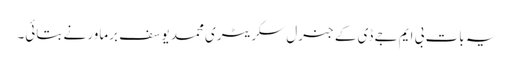
یہ بات بی ایم جے ڈی کے جنرل سکریٹری محمد یوسف برماور نے بتائی۔